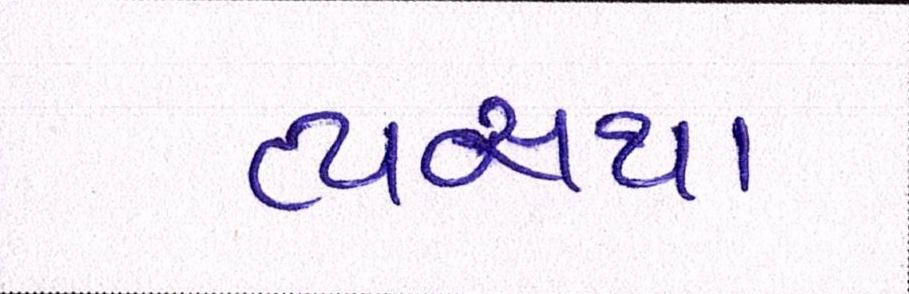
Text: વ્યવ્સથા